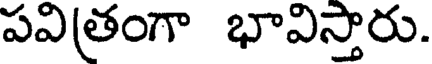
పవిత్రంగా భావిస్తారు.